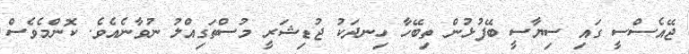
ޖޭއެސްސީ ގައި ސިޔާސީ ބޭފުޅުން ތިބޭހާ ހިނދަކު ޖުޑިޝަރީ މުސްތަގިއްލު ނުވާނެއެވެ. ކޮންމެވެސް